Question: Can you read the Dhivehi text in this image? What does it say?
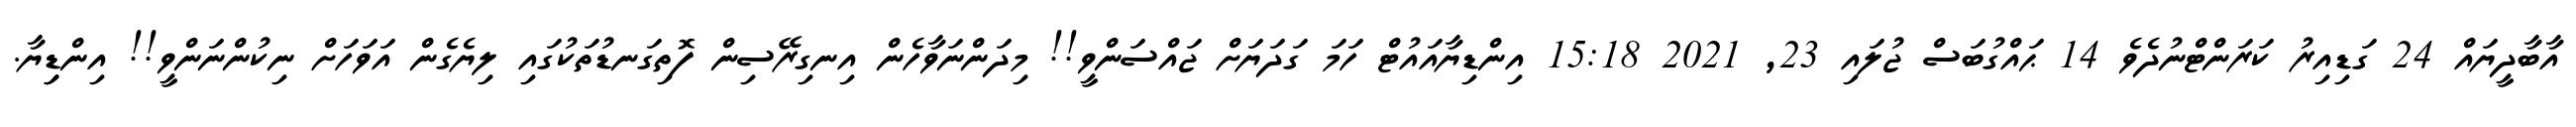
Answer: އާބާދީޔައް 24 ގަޑިއިރު ކަރަންޓްނުދެވެ 14 ޙައްގުބަސް ޖުލައި 23, 2021 15:18 އިންޑިޔާއައުޓް ހަމަ ގަދަޔަށް ޖައްސަންވީ!! މިދަންނަވާހެން އިނގިރޭސިން ފޮތިގަނޑުތަކުގައި ލިޔެގެން އަވަހަށް ނިކުންނަންވީ!! އިންޑިިޔާ.